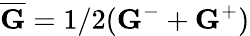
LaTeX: \overline{{{\mathbf G}}}=1/2({\mathbf G}^{-}+{\mathbf G}^{+})